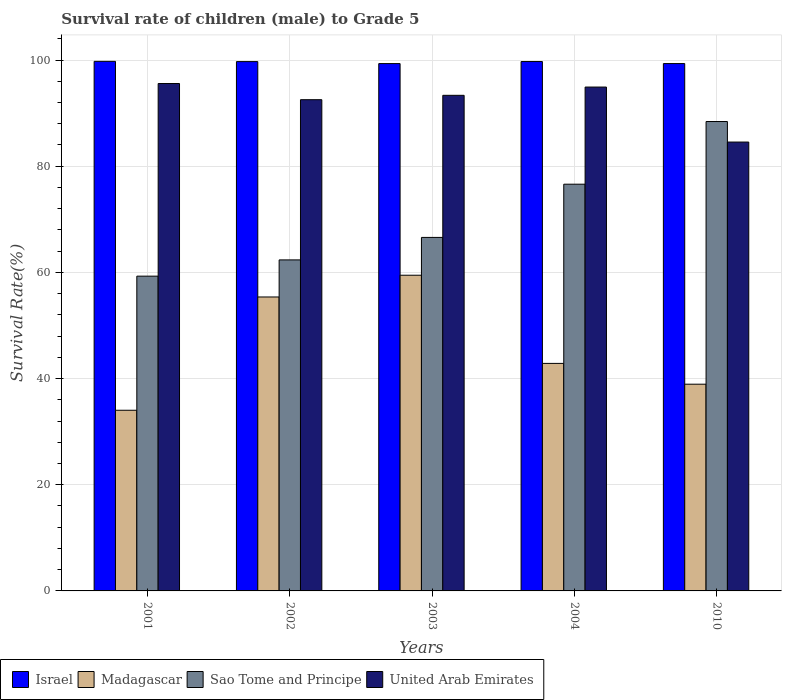
| Years | Israel | Madagascar | Sao Tome and Principe | United Arab Emirates |
 | --- | --- | --- | --- | --- |
 | 2001 | 99.8 | 34 | 59.3 | 95.6 |
 | 2002 | 99.7 | 55.4 | 62.4 | 92.5 |
 | 2003 | 99.3 | 59.5 | 66.6 | 93.4 |
 | 2004 | 99.7 | 42.9 | 76.6 | 94.9 |
 | 2010 | 99.3 | 38.9 | 88.4 | 84.5 |